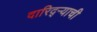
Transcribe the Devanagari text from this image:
दारिद्ऱ्याची